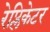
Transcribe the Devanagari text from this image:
रेप्लिकेटर